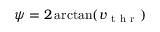
\psi = 2 \arctan ( v _ { \mathrm { ~ t ~ h ~ r ~ } } )